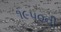
૧૯૫૦ની